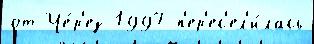
от Че́р'ез 1997 п'ер'ес'ел'и́лась